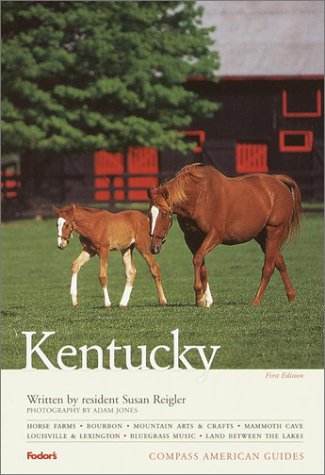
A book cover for Compass American Guides: Kentucky, 1st Edition (Compass American Guide Kentucky); Susan H. Reigler; Travel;